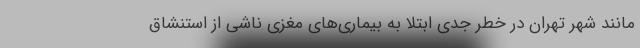
مانند شهر تهران در خطر جدی ابتلا به بیماری‌های مغزی ناشی از استنشاق